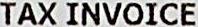
TAX INVOICE